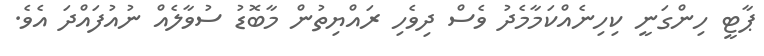
ޕާޓީ ހިންގަނީ ކިހިނެއްކަމާމެދު ވެސް ދިވެހި ރައްޔިތުން މާބޮޑު ސުވާލެއް ނުއުފައްދަ އެވެ.